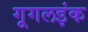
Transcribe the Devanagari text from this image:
गूगलइंक